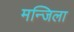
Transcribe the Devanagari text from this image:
मन्जिला